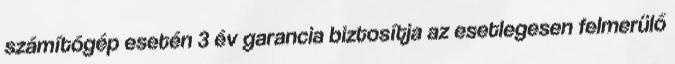
számítógép esetén 3 év garancia biztosítja az esetlegesen felmerülő